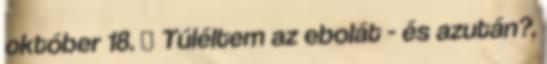
október 18. ↑ Túléltem az ebolát - és azután?,